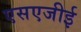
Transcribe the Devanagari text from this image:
एसएजीई